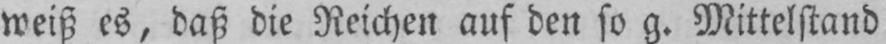
weiß es, daß die Reichen auf den so g. Mittelstand